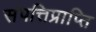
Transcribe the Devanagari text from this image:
संपत्तिप्राप्ति